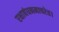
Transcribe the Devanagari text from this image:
रक्षाबंधनमाचरेत।